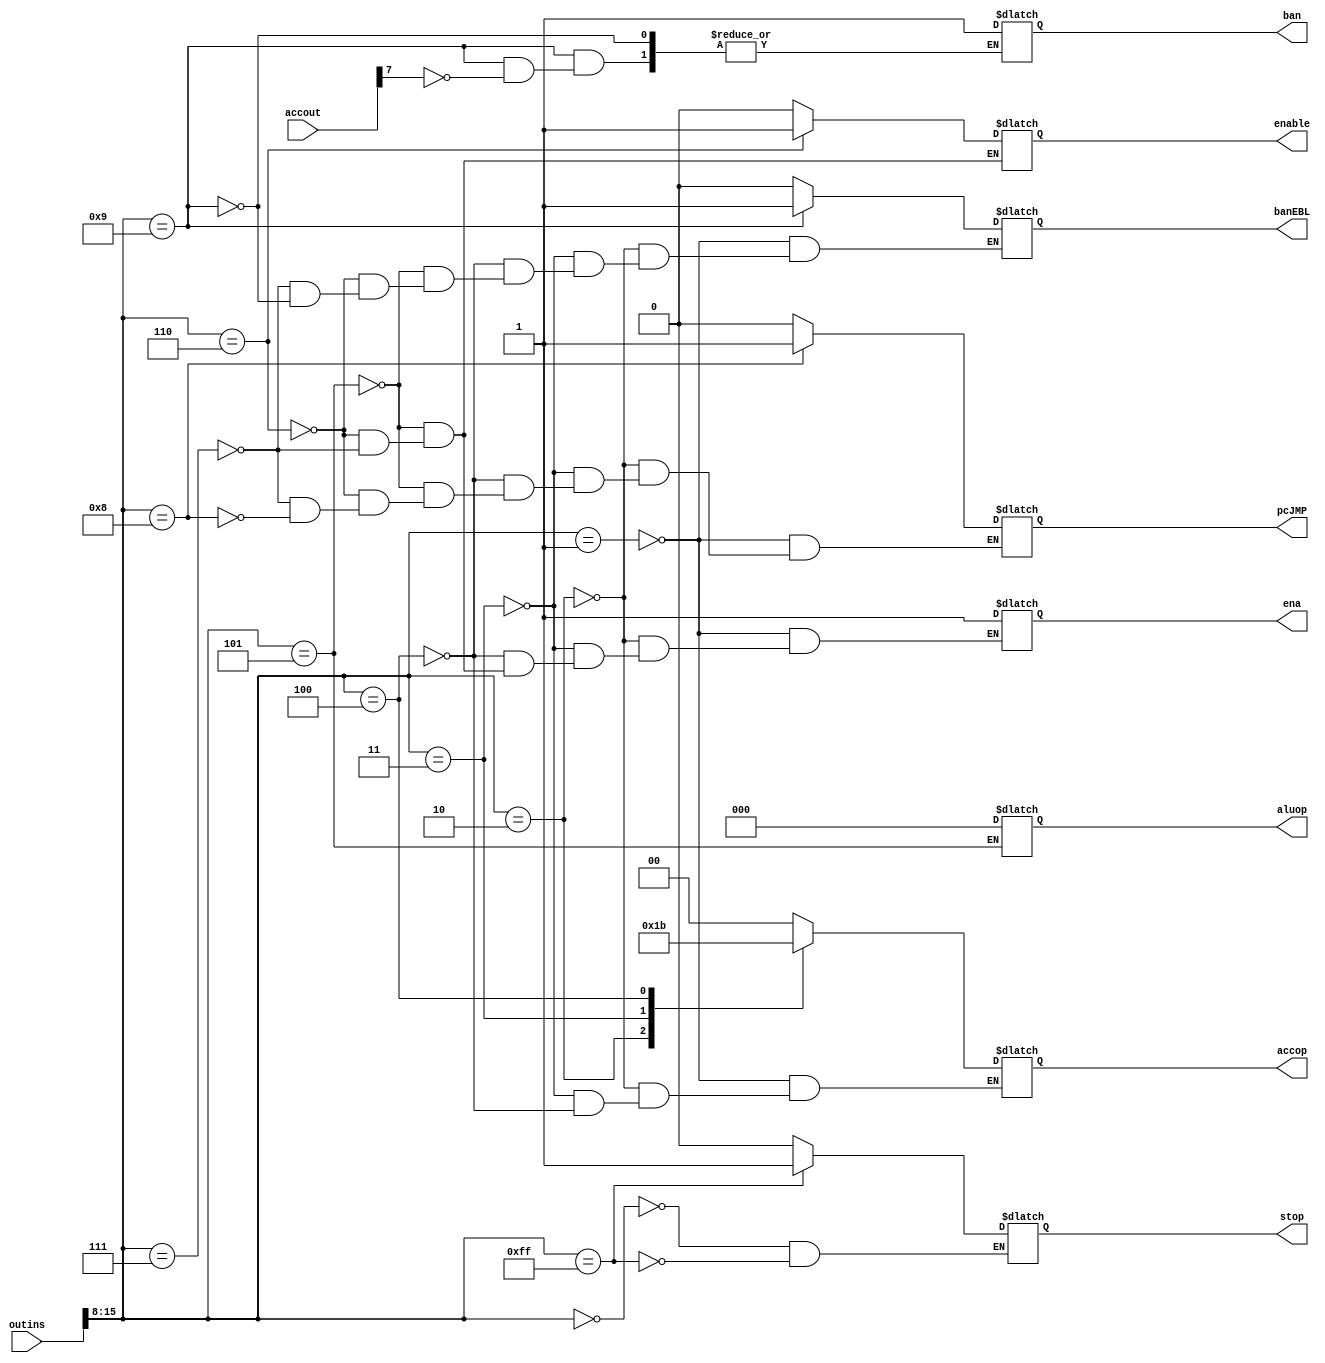
//module cu(
//	input wire[7:0] accout,
//	input wire [15:0] outins,
//	output reg stop,
//	output reg [1:0]accop,
//	output reg ena,
//	output reg [2:0] aluop,
//	output reg enable,
//	output reg pcJMP,banEBL,ban
//);
//// 
//  reg [7:0] offset; // 
//  wire [7:0] opcode; // 

//  // 
//  assign opcode = outins[15:8];
//always @* begin
//    offset=1;
//	case(outins[15:8])
//	8'h00:
//	begin 
//		stop = 0;
//	end
//	8'hff:
//	begin 
//		stop = 1;
//	end
//	8'h01:
//	begin 
//		ena  = 1; 
//		accop = 2'b00;
//		banEBL = 0;
//		pcJMP=0;
//	end
//	8'h02:
//	begin 
//		ena  = 1; 
//		accop = 2'b01;
//		banEBL = 0;
//		pcJMP=0;
//	end
//	8'h03:
//	begin 
//		ena  = 1; 
//		accop = 2'b10;
//		banEBL = 0;
//		pcJMP=0;
//	end
//	8'h04:
//	begin 
//		ena  = 1; 
//		accop = 2'b11;
//		banEBL = 0;
//		pcJMP=0;
//	end
//	8'h05:
//	begin 
//		ena  = 1; 
//		enable = 0;
//		aluop = 3'b000;
//		banEBL = 0;
//		pcJMP=0; 
//	end
//	8'h06:
//	begin 
//		ena  = 1; 
//		enable = 1;
//		banEBL = 0;
//		pcJMP=0;
//	end
//	8'h07:
//	begin 
//		ena  = 1; 
//		enable = 0;
//		banEBL = 0;
//		pcJMP = 0;
//	end
//	8'h08:
//	begin 
//		pcJMP = 1 ;
//	end
//	8'h09: // ban 
//      begin
//        banEBL = 1;
//        offset = outins[7:0]; // 
//        if (accout[7] == 1) begin
//          ban = 1;
//          pcJMP = 0;
//        end
//      end

//	endcase
//end
//endmodule 
module cu(
	input wire[7:0] accout,
	input wire [15:0] outins,
	output reg stop,
	output reg [1:0]accop,
	output reg ena,
	output reg [2:0] aluop,
	output reg enable,
	output reg pcJMP,banEBL,ban
);
always @* begin
	case(outins[15:8])
	8'h00:
	begin 
		stop = 0;
	end
	8'hff:
	begin 
		stop = 1;
	end
	8'h01:
	begin 
		ena  = 1; 
		accop = 2'b00;
		banEBL = 0;
		pcJMP=0;
	end
	8'h02:
	begin 
		ena  = 1; 
		accop = 2'b01;
		banEBL = 0;
		pcJMP=0;
	end
	8'h03:
	begin 
		ena  = 1; 
		accop = 2'b10;
		banEBL = 0;
		pcJMP=0;
	end
	8'h04:
	begin 
		ena  = 1; 
		accop = 2'b11;
		banEBL = 0;
		pcJMP=0;
	end
	8'h05:
	begin 
		ena  = 1; 
		enable = 0;
		aluop = 3'b000;
		banEBL = 0;
		pcJMP=0; 
	end
	8'h06:
	begin 
		ena  = 1; 
		enable = 1;
		banEBL = 0;
		pcJMP=0;
	end
	8'h07:
	begin 
		ena  = 1; 
		enable = 0;
		banEBL = 0;
		pcJMP = 0;
	end
	8'h08:
	begin 
		pcJMP = 1 ;
	end
	8'h09:
	begin 
		banEBL = 1 ;
	if(accout[7] == 1)
		begin 
			ban = 1 ;
		end	
	end

	endcase
end
endmodule